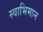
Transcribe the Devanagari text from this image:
स्‍वाभिमान